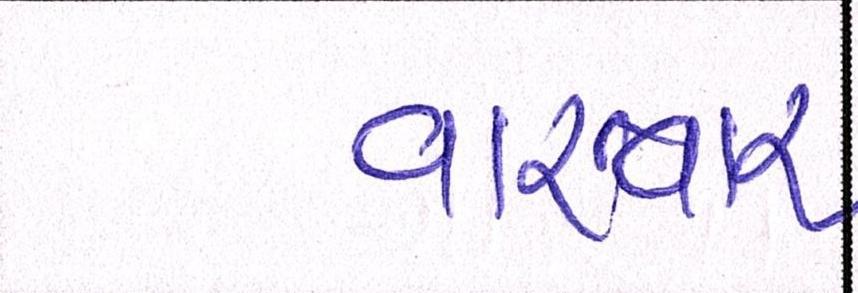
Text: વારંવાર